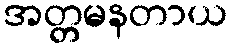
အတ္တမနတာယ